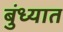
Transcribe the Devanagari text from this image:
बुंध्यात